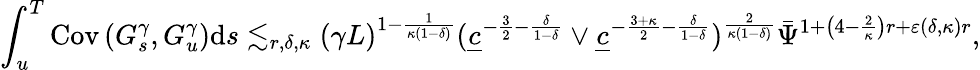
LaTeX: \int_{u}^{T}\mathrm{Cov}\left(G_{s}^{\gamma},G_{u}^{\gamma}\right)\mathrm{d}s\lesssim_{r,\delta,\kappa}(\gamma L)^{1-\frac{1}{\kappa(1-\delta)}}(\underline{{c}}^{-\frac{3}{2}-\frac{\delta}{1-\delta}}\vee\underline{{c}}^{-\frac{3+\kappa}{2}-\frac{\delta}{1-\delta}})^{\frac{2}{\kappa(1-\delta)}}\bar{\Psi}^{1+\left(4-\frac{2}{\kappa}\right)r+\varepsilon(\delta,\kappa)r},